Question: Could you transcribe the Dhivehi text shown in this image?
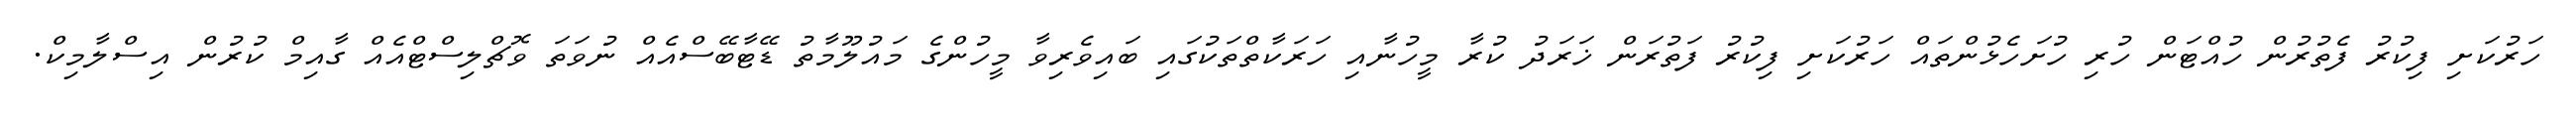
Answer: ހަރުކަށި ފިކުރު ފެތުރުން ހުއްޓަން ހުރި ހުށަހެޅުންތައް ހަރުކަށި ފިކުރު ފަތުރަން ޚަރަދު ކުރާ މީހުނާއި ހަރަކާތްތަކުގައި ބައިވެރިވާ މީހުންގެ މައުލޫމާތު ޑޭޓާބޭސްއެއް ނުވަތަ ވޮޗްލިސްޓްއެއް ގާއިމް ކުރުން އިސްލާމިކް.